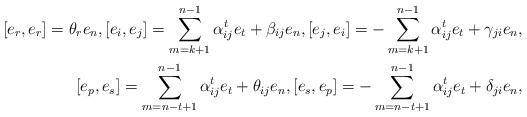
LaTeX: \begin{align*}[e_r, e_r]=\theta_re_n, [e_i, e_j]=\sum^{n-1}_{m=k+1}\alpha^t_{ij}e_t+\beta_{ij}e_n, [e_j, e_i]=-\sum^{n-1}_{m=k+1}\alpha^t_{ij}e_t+\gamma_{ji}e_n, \\ [e_p, e_s]=\sum^{n-1}_{m=n-t+1}\alpha^t_{ij}e_t+\theta_{ij}e_n, [e_s, e_p]=-\sum^{n-1}_{m=n-t+1}\alpha^t_{ij}e_t+\delta_{ji}e_n,\end{align*}